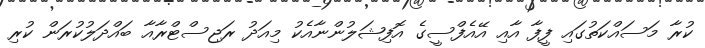
ކުރާ މަސައްކަތުގައި ފީފާ އާއި އޭއެފްސީގެ އޮފިޝަލުންނާއެކު މިއަދު ރަޖިސްޓްރާއާ ބައްދަލުކުރަން ކުރި